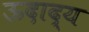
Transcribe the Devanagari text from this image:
ऊदाद्य